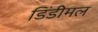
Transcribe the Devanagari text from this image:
डिंडीमल